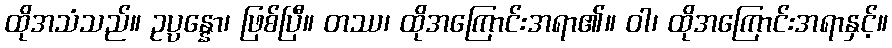
ထိုအသံသည်။ ဥပ္ပန္နော၊ ဖြစ်ပြီ။ တဿ၊ ထိုအကြောင်းအရာ၏။ ဝါ၊ ထိုအကြောင်းအရာနှင့်။